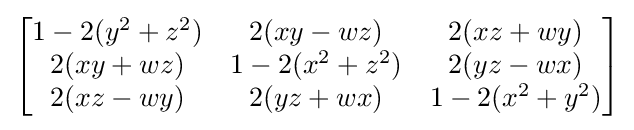
{\begin{bmatrix}1-2(y^{2}+z^{2})&2(xy-wz)&2(xz+wy)\\2(xy+wz)&1-2(x^{2}+z^{2})&2(yz-wx)\\2(xz-wy)&2(yz+wx)&1-2(x^{2}+y^{2})\end{bmatrix}}